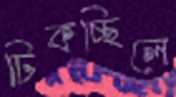
ঢিকচ্ছিলে